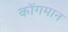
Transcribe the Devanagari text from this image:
कोंगमान